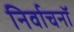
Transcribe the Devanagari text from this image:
निर्वाचनॉ